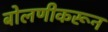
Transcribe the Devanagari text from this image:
बोलणीकरून